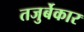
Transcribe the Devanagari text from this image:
तजुर्बेकार